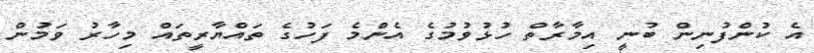
އެ ކުންފުނިން ބުނީ އިމާރާތް ހުޅުވުމުގެ އެންމެ ފަހުގެ ތައްޔާރީތައް މިހާރު ވަމުން